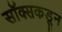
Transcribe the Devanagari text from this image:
सॉक्सकडून